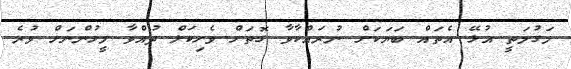
މަގުމަތީ އުޅޭ އެތައް ބަޔަކަށް ނުރައްކާވާ ގޮތަށް ވެހިކަލް ދުއްވާ މީހުންނަށް ވުރެ